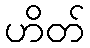
ဟိတ်